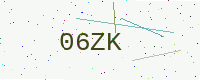
Text: 06ZK